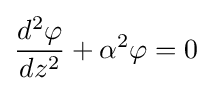
{\frac {d^{2}\varphi }{dz^{2}}}+\alpha ^{2}\varphi =0